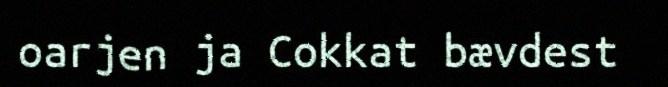
oarjen ja Cokkat bævdest